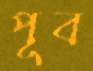
পূব